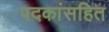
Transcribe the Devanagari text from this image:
पदकांसहित